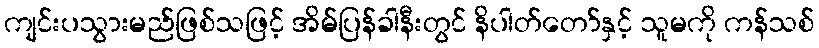
ကျင်းပသွားမည်ဖြစ်သဖြင့် အိမ်ပြန်ခါနီးတွင် နိပါတ်တော်နှင့် သူမကို ကန်သစ်